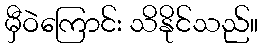
မှီဝဲကြောင်း သိနိုင်သည်။